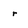
Character: r